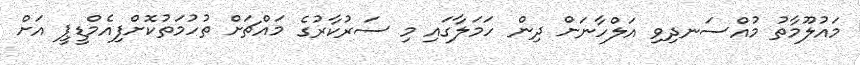
މައުލޫމާތު މުއްސަނދިވި އަލްހާނަށް ދިން ހަމަލާގައި މި ސަރުކާރުގެ މައްޗަށް ތުހުމަތުކޮށްފިއެމްޑީޕީ އަށް